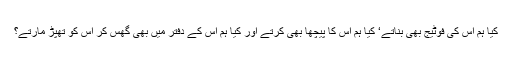
کیا ہم اس کی فوٹیج بھی بناتے‘ کیا ہم اس کا پیچھا بھی کرتے اور کیا ہم اس کے دفتر میں بھی گھس کر اس کو تھپڑ مارتے؟